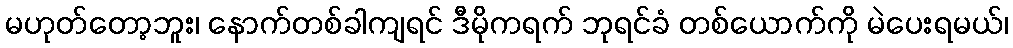
မဟုတ်တော့ဘူး၊ နောက်တစ်ခါကျရင် ဒီမိုကရက် ဘုရင်ခံ တစ်ယောက်ကို မဲပေးရမယ်၊